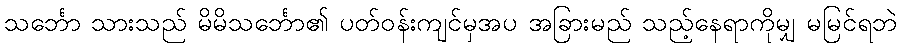
သင်္ဘော သားသည် မိမိသင်္ဘော၏ ပတ်ဝန်းကျင်မှအပ အခြားမည် သည့်နေရာကိုမျှ မမြင်ရဘဲ